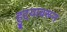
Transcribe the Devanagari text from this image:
हुद्दयावरून